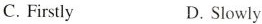
C. Firstly D. Slowly